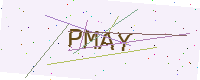
Text: PMAY